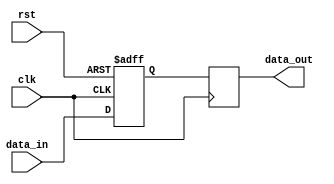
module latch_delay (
    input wire clk,
    input wire rst,
    input wire data_in,
    output reg data_out
);

reg delayed_data;

always @(posedge clk or posedge rst) begin
    if (rst) begin
        delayed_data <= 1'b0;
    end else begin
        delayed_data <= data_in;
    end
end

always @(posedge clk) begin
    data_out <= delayed_data;
end

endmodule